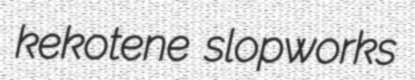
kekotene slopworks